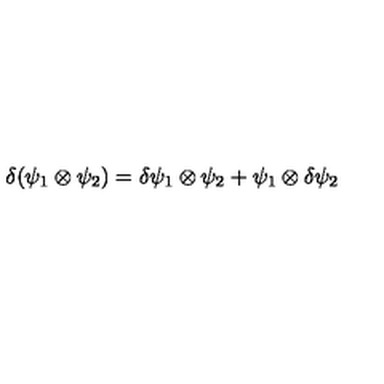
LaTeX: \delta ( \psi _ { 1 } \otimes \psi _ { 2 } ) = \delta \psi _ { 1 } \otimes \psi _ { 2 } + \psi _ { 1 } \otimes \delta \psi _ { 2 }